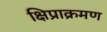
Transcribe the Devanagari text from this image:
क्षिप्राक्रमण